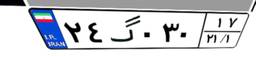
۵۹گ۲۳۶۸۹